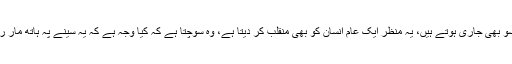
جب سب مل کر ماتم کر رہے ہوتے ہیں، انکی آنکھوں سے آنسو بھی جاری ہوتے ہیں، یہ منظر ایک عام انسان کو بھی منقلب کر دیتا ہے، وہ سوچتا ہے کہ کیا وجہ ہے کہ یہ سینے پہ ہاتھ مار رہے ہیں اور گریہ بھی کر رہے ہیں، اس میں بلا کی تاثیر ہے۔